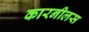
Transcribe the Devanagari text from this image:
कारनीलस